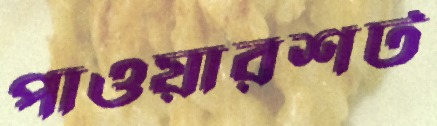
পাওয়ারশট